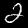
Label: 2